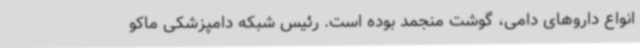
انواع داروهای دامی، گوشت منجمد بوده است. رئیس شبکه دامپزشکی ماکو